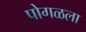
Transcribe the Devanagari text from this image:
पोगळला